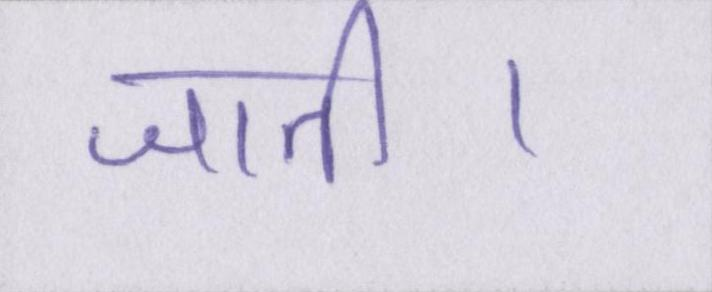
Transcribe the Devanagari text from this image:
जाती।